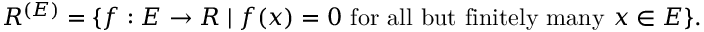
R ^ { ( E ) } = \{ f : E \to R \mid f ( x ) = 0 { \mathrm { ~ f o r ~ a l l ~ b u t ~ f i n i t e l y ~ m a n y ~ } } x \in E \} .